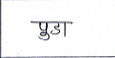
मजकूर: पुडा